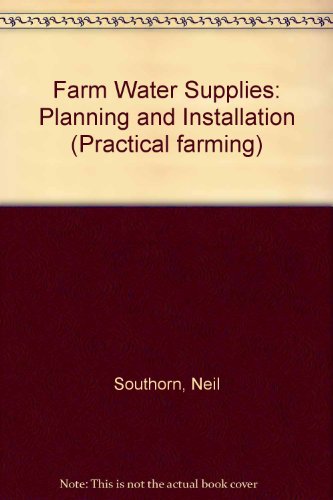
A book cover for Farm Water Supplies: Planning and Installation (Practical farming); Neil Southorn; Science & Math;